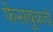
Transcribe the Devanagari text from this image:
फेसबुकचे